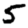
Digit: 5